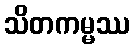
သိတကမ္မဿ